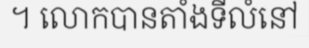
។ លោកបានតាំងទីលំនៅ